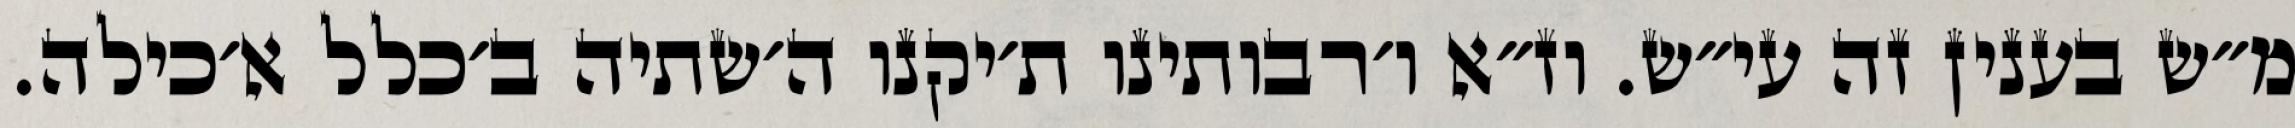
מ״ש בענין זה עי״ש. וז״א ו׳רבותינו ת׳יקנו ה׳שתיה ב׳כלל א׳כילה.